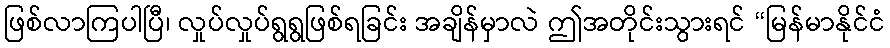
ဖြစ်လာကြပါပြီ၊ လှုပ်လှုပ်ရွရွဖြစ်ရခြင်း အချိန်မှာလဲ ဤအတိုင်းသွားရင် “မြန်မာနိုင်ငံ